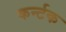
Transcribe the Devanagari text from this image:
कर्न्टक